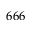
6 6 6